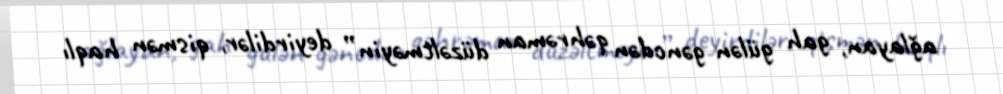
ağlayan, gah gülən gəncdən qəhrəman düzəltməyin” deyirdilər, qismən haqlı